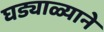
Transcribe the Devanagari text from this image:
घड्याळ्याने